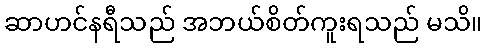
ဆာဟင်နရီသည် အဘယ်စိတ်ကူးရသည် မသိ။